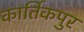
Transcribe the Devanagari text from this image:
कार्तिकपुर